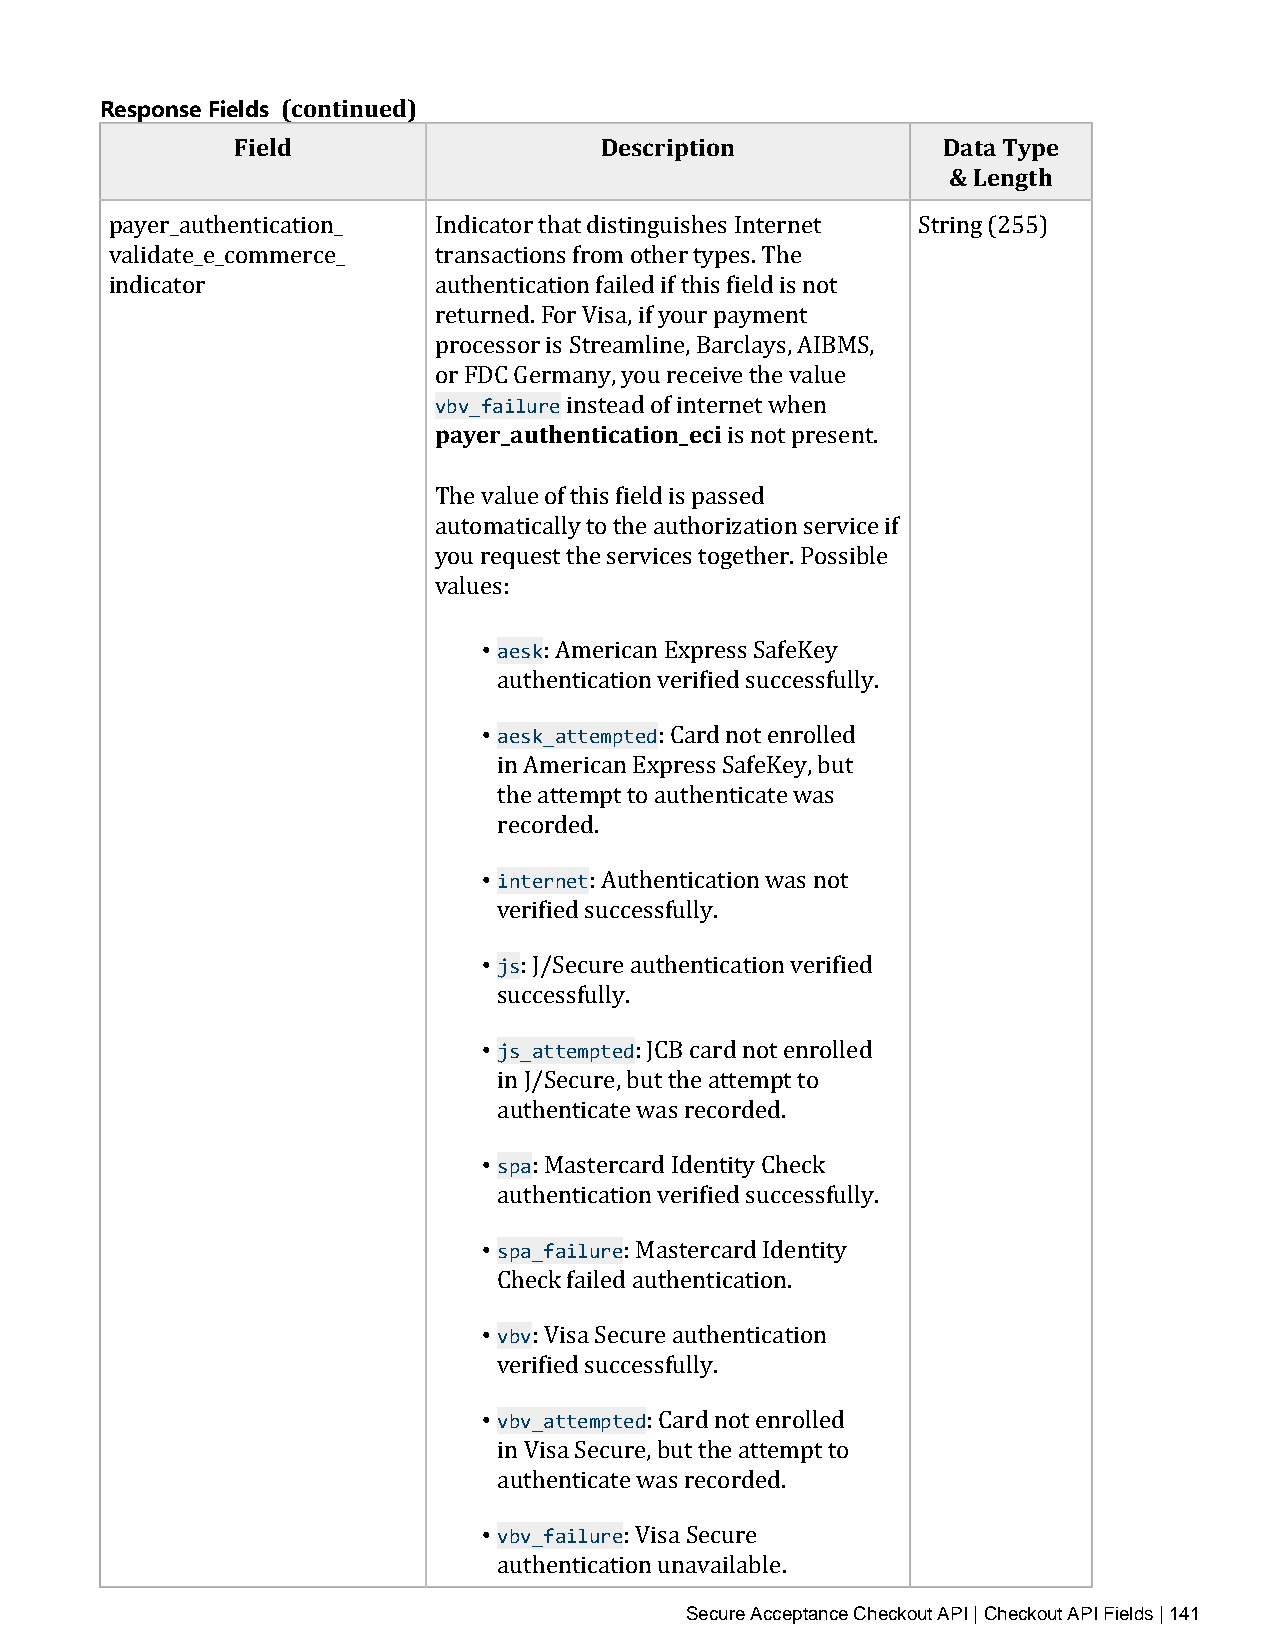
Response Fields (continued)
 Field                   Description           Data Type
 & Length
 payer_authentication_ Indicator that distinguishes Internet String (255)
 validate_e_commerce_  transactions from other types. The
 indicator             authentication failed if this field is not
 returned. For Visa, if your payment
 processor is Streamline, Barclays, AIBMS,
 vbv_failure
 opra yFeDrC_ aGuetrhmeanntyic, aytoiuo nre_ceeciiv e the value
 instead of internet when
 is not present.
 The value of this field is passed
 automatically to the authorization service if
 you request the services together. Possible
 values:
 • aesk
 : American Express SafeKey
 • aaeustkh_eanttticeamtpitoend verified successfully.
 : Card not enrolled
 in American Express SafeKey, but
 the attempt to authenticate was
 • rienctoerrdneetd.
 : Authentication was not
 • vjserified successfully.
 : J/Secure authentication verified
 • sjus_cactetsesmfupltleyd.
 : JCB card not enrolled
 in J/Secure, but the attempt to
 • aspuathenticate was recorded.
 : Mastercard Identity Check
 • aspuat_hfeanitlicuarteion verified successfully.
 : Mastercard Identity
 • Cvbhveck failed authentication.
 : Visa Secure authentication
 • vvbevr_ifaiettde smupctceedssfully.
 : Card not enrolled
 in Visa Secure, but the attempt to
 • avbuvt_hfeanitlicuartee was recorded.
 : Visa Secure
 authentication unSaevcauirlea bAlcec.eptance Checkout API | Checkout API Fields | 141